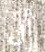
أن